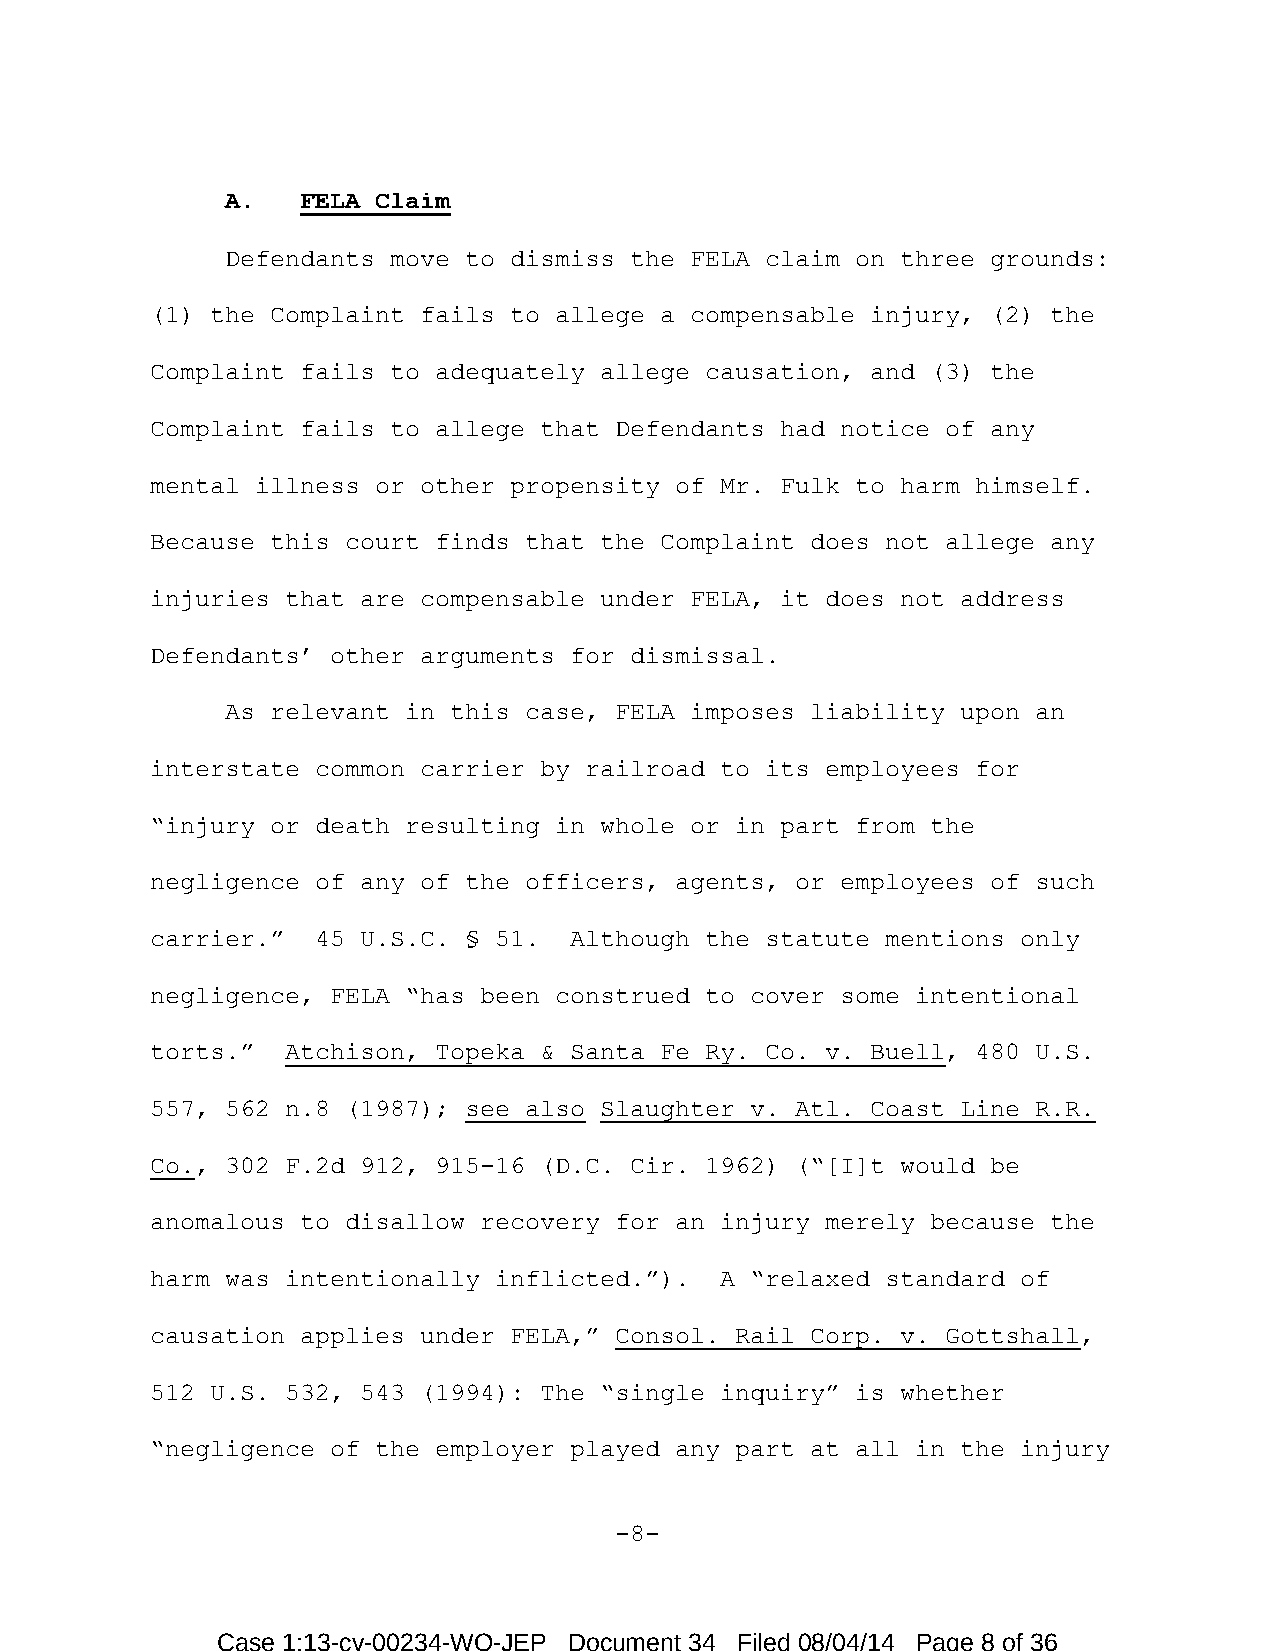
A.   FELA Claim
 Defendants move to dismiss the FELA claim on three grounds:
 (1) the Complaint fails to allege a compensable injury, (2) the
 Complaint fails to adequately allege causation, and (3) the
 Complaint fails to allege that Defendants had notice of any
 mental illness or other propensity of Mr. Fulk to harm himself.
 Because this court finds that the Complaint does not allege any
 injuries that are compensable under FELA, it does not address
 Defendants’ other arguments for dismissal.
 As relevant in this case, FELA imposes liability upon an
 interstate common carrier by railroad to its employees for
 “injury or death resulting in whole or in part from the
 negligence of any of the officers, agents, or employees of such
 carrier.”  45 U.S.C. § 51.  Although the statute mentions only
 negligence, FELA “has been construed to cover some intentional
 torts.”  Atchison, Topeka & Santa Fe Ry. Co. v. Buell, 480 U.S.
 557, 562 n.8 (1987); see also Slaughter v. Atl. Coast Line R.R.
 Co., 302 F.2d 912, 915-16 (D.C. Cir. 1962) (“[I]t would be
 anomalous to disallow recovery for an injury merely because the
 harm was intentionally inflicted.”).  A “relaxed standard of
 causation applies under FELA,” Consol. Rail Corp. v. Gottshall,
 512 U.S. 532, 543 (1994): The “single inquiry” is whether
 “negligence of the employer played any part at all in the injury
 -8-
 Case 1:13-cv-00234-WO-JEP Document 34 Filed 08/04/14 Page 8 of 36